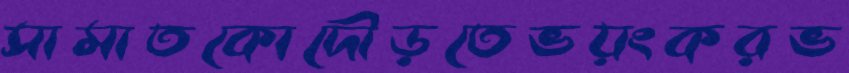
সামাতকোদৌড়তেভয়ংকরভ